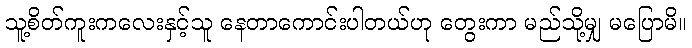
သူ့စိတ်ကူးကလေးနှင့်သူ နေတာကောင်းပါတယ်ဟု တွေးကာ မည်သို့မျှ မပြောမိ။